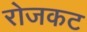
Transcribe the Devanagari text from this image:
रोजकट